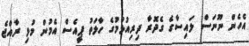
އެހެން ނޫނަސް ލައިސާގެ ގެދޮރާ ދިރިއުޅުމުގެ ހާލަތު ޕީއެސް އެމުން މުޅި ރާއްޖެ